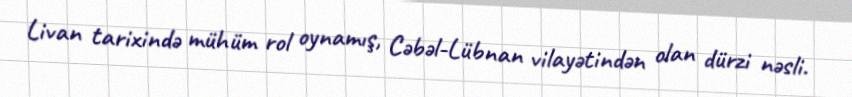
Livan tarixində mühüm rol oynamış, Cəbəl-Lübnan vilayətindən olan dürzi nəsli.